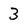
Character: 3